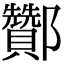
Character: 酇